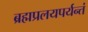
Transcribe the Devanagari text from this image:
ब्रह्मप्रलयपर्यन्तं